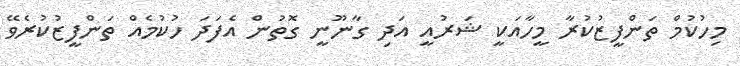
މިހުކުމް ތަންފީޒުކުރާ މީހާއަކީ ޝަރުއީ އަދި ގާނޫނީ ގޮތުން އެފަދަ ހުކުމެއް ތަންފީޒުކުރެވޭ